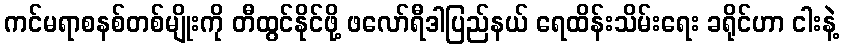
ကင်မရာစနစ်တစ်မျိုးကို တီထွင်နိုင်ဖို့ ဖလော်ရီဒါပြည်နယ် ရေထိန်းသိမ်းရေး ခရိုင်ဟာ ငါးနဲ့